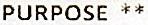
PURPOSE **